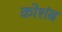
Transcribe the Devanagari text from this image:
कोशंब